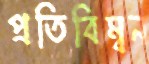
প্রতিবিম্বন